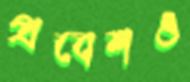
প্রবেশও